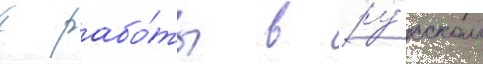
с рабо́ты в ру́сском